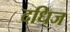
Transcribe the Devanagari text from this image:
दधिज